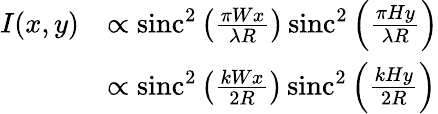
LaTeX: {\begin{array}{rl}{I(x,y)}&{\propto\operatorname{sinc}^{2}\left({\frac{\pi Wx}{\lambda R}}\right)\operatorname{sinc}^{2}\left({\frac{\pi Hy}{\lambda R}}\right)}\\ &{\propto\operatorname{sinc}^{2}\left({\frac{kWx}{2R}}\right)\operatorname{sinc}^{2}\left({\frac{kHy}{2R}}\right)}\end{array}}